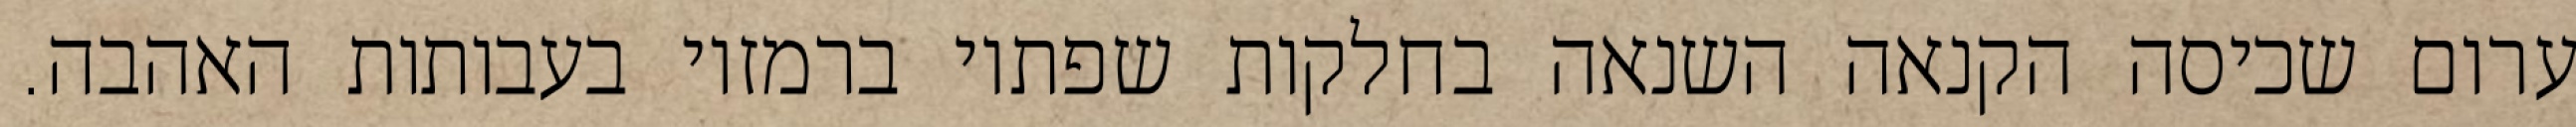
ערום שכיסה הקנאה השנאה בחלקות שפתיו ברמזיו בעבותות האהבה.